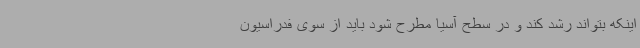
اینکه بتواند رشد کند و در سطح آسیا مطرح شود باید از سوی فدراسیون